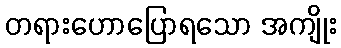
တရားဟောပြောရသော အကျိုး